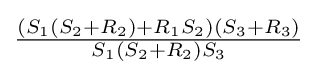
{\tfrac {(S_{1}(S_{2}+R_{2})+R_{1}S_{2})(S_{3}+R_{3})}{S_{1}(S_{2}+R_{2})S_{3}}}